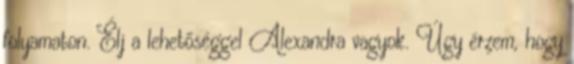
folyamaton. Élj a lehetőséggel Alexandra vagyok. Úgy érzem, hogy